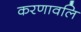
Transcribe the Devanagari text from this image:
करणावलि